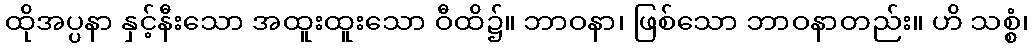
ထိုအပ္ပနာ နှင့်နီးသော အထူးထူးသော ဝီထိ၌။ ဘာဝနာ၊ ဖြစ်သော ဘာဝနာတည်း။ ဟိ သစ္စံ၊